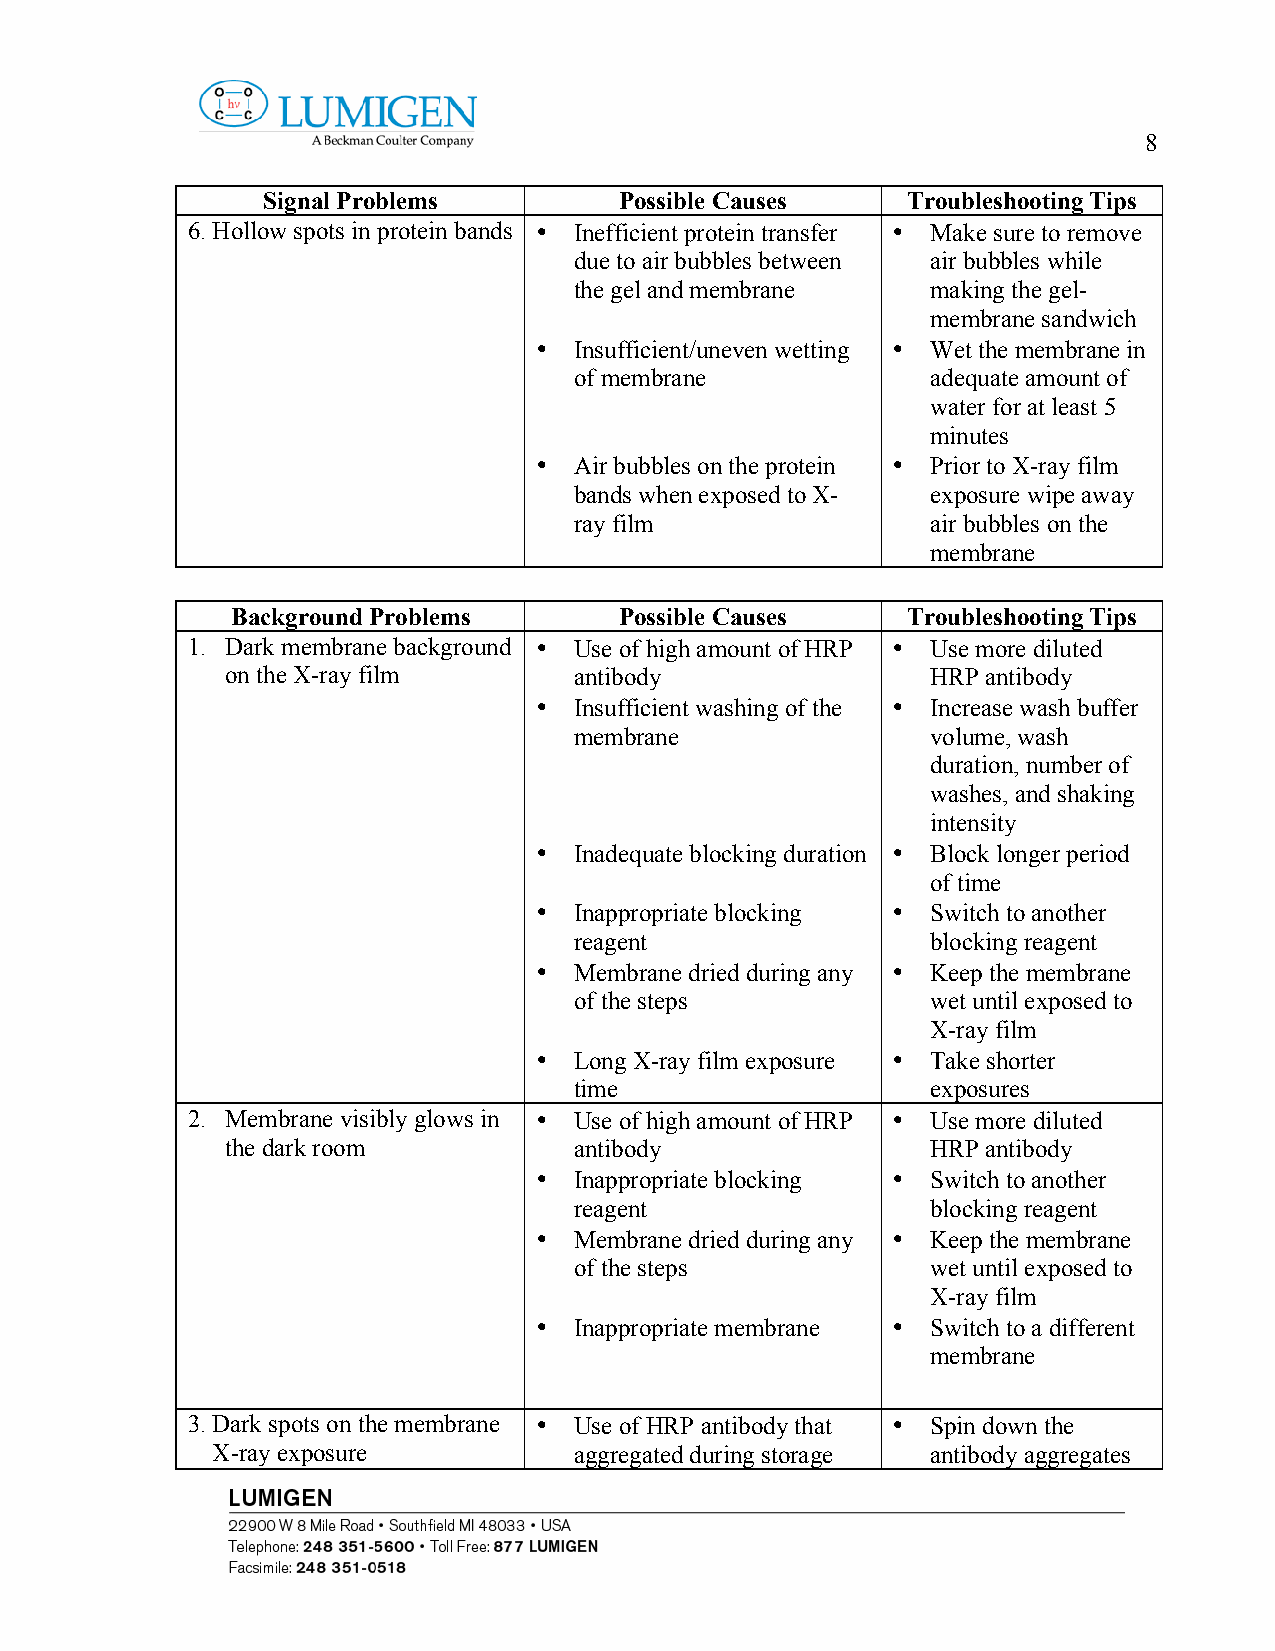
8
 Signal Problems         Possible Causes    Troubleshooting Tips
 6. Hollow spots in protein bands • Inefficient protein transfer • Make sure to remove
 due to air bubbles between air bubbles while
 the gel and membrane    making the gel-
 membrane sandwich
 •  Insufficient/uneven wetting • Wet the membrane in
 of membrane             adequate amount of
 water for at least 5
 minutes
 •  Air bubbles on the protein • Prior to X-ray film
 bands when exposed to X- exposure wipe away
 ray film                air bubbles on the
 membrane
 Background Problems       Possible Causes    Troubleshooting Tips
 1. Dark membrane background • Use of high amount of HRP • Use more diluted
 on the X-ray film      antibody                HRP antibody
 •  Insufficient washing of the • Increase wash buffer
 membrane                volume, wash
 duration, number of
 washes, and shaking
 intensity
 •  Inadequate blocking duration • Block longer period
 of time
 •  Inappropriate blocking • Switch to another
 reagent                 blocking reagent
 •  Membrane dried during any • Keep the membrane
 of the steps            wet until exposed to
 X-ray film
 •  Long X-ray film exposure • Take shorter
 time                    exposures
 2. Membrane visibly glows in • Use of high amount of HRP • Use more diluted
 the dark room          antibody                HRP antibody
 •  Inappropriate blocking • Switch to another
 reagent                 blocking reagent
 •  Membrane dried during any • Keep the membrane
 of the steps            wet until exposed to
 X-ray film
 •  Inappropriate membrane • Switch to a different
 membrane
 3. Dark spots on the membrane • Use of HRP antibody that • Spin down the
 X-ray exposure          aggregated during storage antibody aggregates